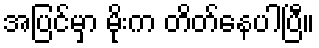
အပြင်မှာ မိုးက တိတ်နေပါပြီ။